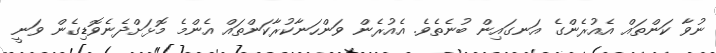
ނުވާ ކަންތައް އެއުރެންގެ އަނގައިން ބުނެތެވެ. އެއުރެން ވަންހަނާކުރާކަންތައް އެންމެ މޮޅަށްދެނެވޮޑިގެން ވަނީ